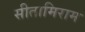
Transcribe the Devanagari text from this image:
सीतामिराम